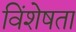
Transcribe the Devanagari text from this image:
विंशेषता